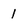
Character: 1